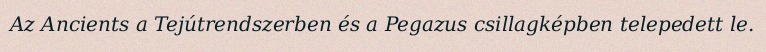
Az Ancients a Tejútrendszerben és a Pegazus csillagképben telepedett le.